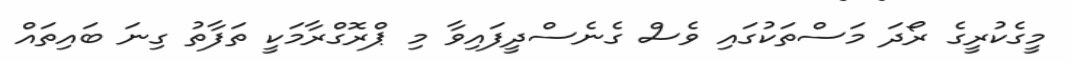
މީގެކުރީގެ ރޯދަ މަސްތަކުގައި ވެސް ގެނެސްދީފައިވާ މި ޕްރޮގްރާމަކީ ތަފާތު ގިނަ ބައިތައް